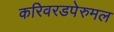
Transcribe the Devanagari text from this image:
करिवरडपेरुमल